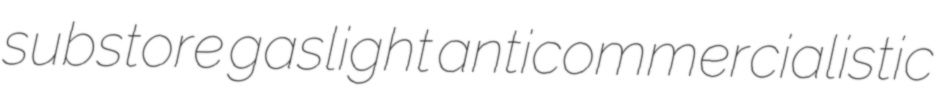
substore gaslight anticommercialistic